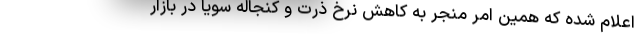
اعلام شده که همین امر منجر به کاهش نرخ ذرت و کنجاله سویا در بازار